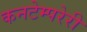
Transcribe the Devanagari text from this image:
कनटेम्परेरी